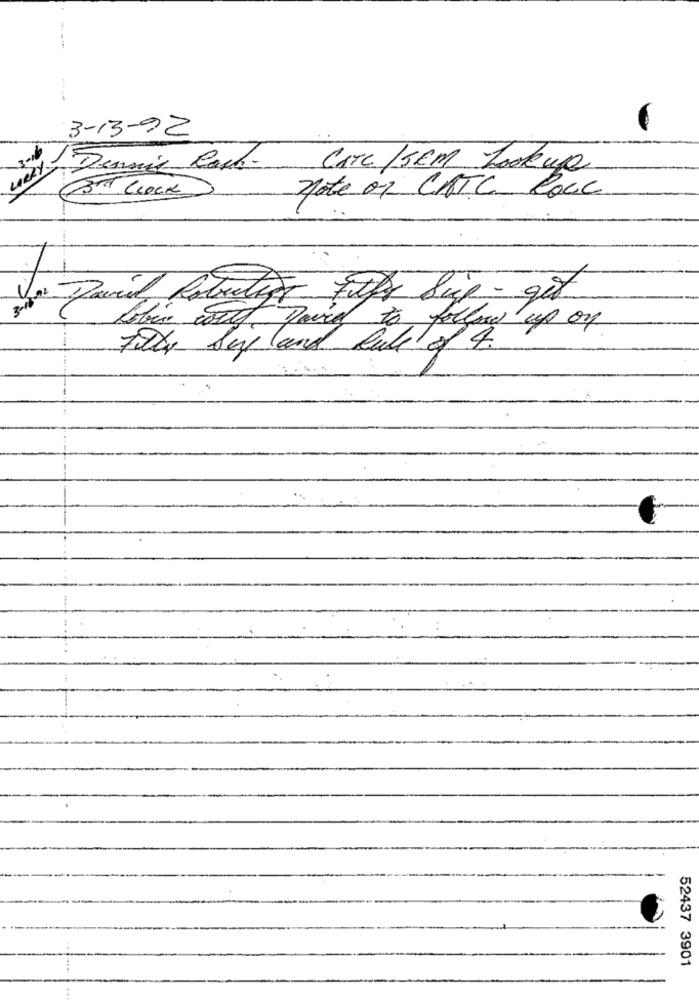
3-13-92
Dennis Cach- CATE JSEM Lookup
note of CATC Cocc
3. Clock
-
tutor Etfs Sup- get
to follow up on
Folk Syy land Rule of 4
52437 3901